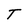
Character: T